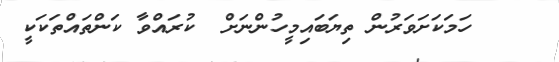
٥    ހަމަކަށަވަރުން ތިޔަބައިމީހުންނަށް  ކުރައްވާ ކަންތައްތަކަކީ